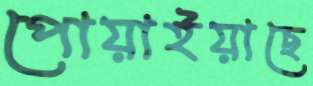
পোয়াইয়াছে